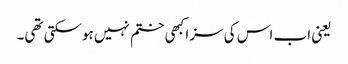
یعنی اب اس کی سزا کبھی ختم نہیں ہوسکتی تھی۔